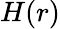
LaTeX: H(r)